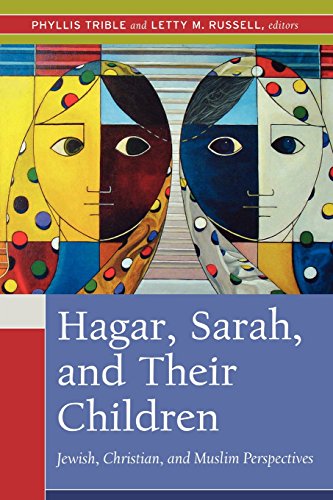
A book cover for Hagar, Sarah, and Their Children: Jewish, Christian, and Muslim Perspectives; Christian Books & Bibles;